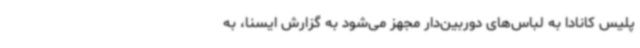
پلیس کانادا به لباس‌های دوربین‌دار مجهز می‌شود به گزارش ایسنا، به